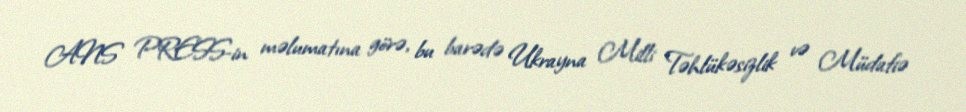
ANS PRESS-in məlumatına görə, bu barədə Ukrayna Milli Təhlükəsizlik və Müdafiə